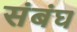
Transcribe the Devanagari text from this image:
संबंघ